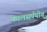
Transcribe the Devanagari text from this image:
कालसर्पयोग